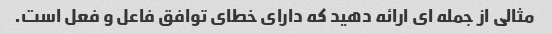
مثالی از جمله ای ارائه دهید که دارای خطای توافق فاعل و فعل است.